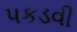
પકડવી